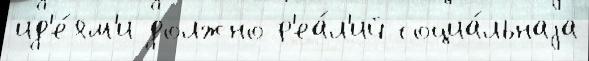
ид'е́ям'и должно р'еа́л'ий социа́льнаjа